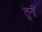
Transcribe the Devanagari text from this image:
तुनीं